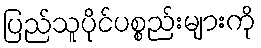
ပြည်သူပိုင်ပစ္စည်းများကို